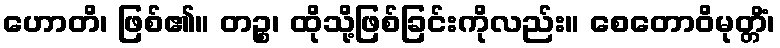
ဟောတိ၊ ဖြစ်၏။ တဉ္စ၊ ထိုသို့ဖြစ်ခြင်းကိုလည်း။ စေတောဝိမုတ္တိံ၊